Vaccination in Bombay 1869-1873 - 1869-1873
Year: 1869
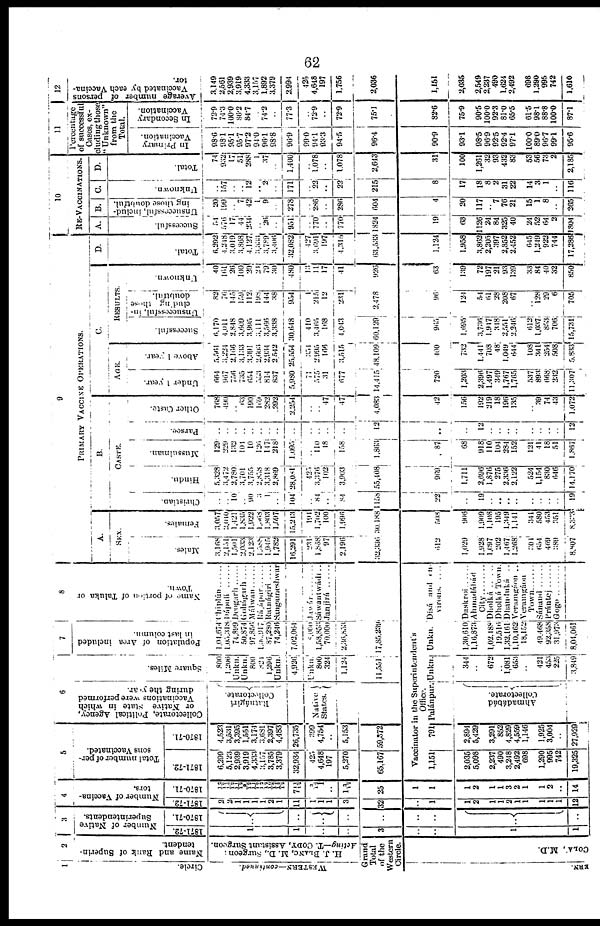
62
1
Circle.
WESTERS—continued.
2
Name and Rank of Superin-
tendent.
H. J. BLANC, M. D., Surgeon;
Acting—T. CODY, Assistant Surgeon.
Grand
Total
of the
Western
Circle.
ERN.
COLA,
M.D.
3
Number of Native
Superintendents.
1871-72.
1
1
..
..
3
..
..
1
1
1870-71.
..
..
..
..
..
..
..
..
..
4
Number of Vaccina-
tors.
1871-72.
2
2
1
1
1
1
2
1
11
1
1
1
3
32
..
1
1
2
1
1
2
1
1
1
1
1
12
1870-71.
12/17
15/12
11/12
9/12
11/12 12/12
10/12
15/12
7 11/12
9/12
1
..
1 9/12
25
1
1
1
2
1
1
3
2
1
1
2
..
14
5
Total number of per-
sons Vaccinated.
1871-72.
6,299
5,123
2,939
3,919
4,333
3,157
3,785
3,379
32,934
425
4,648
197
5,270
65,167
1870-71.
4,523
3,531
3,395
1,551
3,171
3,631
2,397
4,483
20,735
399
4,754
..
5,153
59,372
6
Collectorate, Political Agency,
or Native state in which
Vaccinations were performed
during the year.
Ratnágirí
Collectorate.
Native
States.
Square Miles.
800
1,206
Unkn.
Unkn.
800
821
1,296
Unkn.
4,926
Unkn.
800
324
1,124
11,551
7
Population of Area included
in last column.
1,04,674
1, 05,318
74,899
50,874
97,856
1,96,917
37,280
74,246
7,02,064
8,060
1,58,853
70,000
2,36,853
17,85,239
8
Name of portion of Taluka or
Town.
Chún
Dápulí
Deogarh
Gohágarh
....
Málwan
......
Rájápur
......
Ratnágiri
....
Sangameshwar
Jawár
........
Sáwantwádi ..
Janjirá
Vaccinator in the Superintendent's
Office.
1,151
2,035
5,098
2,237
490
3,248
2,492
698
1,290
995
742
10,325
791
2,894
5,429
3,291
852
4,829
4,559
1,146
1,025
3,004
..
27,929
Palánpur.
Ahmadábád
Collectorate.
Unkn.
341
..
672
.. 1,081
653
..
421
453
225
3,849
Unkn.
1,30,610
l,l6,873
1,02,188
19,516
1,32,161
1,10,462
18,152
49,468
92,358
31,973
8,01,061
Disá and en¬
virons
......
Duskroi
......
Ahmadábád
City
Dholká
Dholká Town.
Dhanduká ..
Veramgáon ..
Veramgáon
Town
.......
Sámand
......
Prántej
......
Gogo
........
9
PRIMARY VACCINE
OPERATIONS.
A.
SEX.
Males.
3,168
2,151
1,501
2,033
2,123
1, 588
l,945
1,782
16,291
231
1,868
97
2,196
32,336
612
1,029
1,928
1,697
202
1,467
1,268
304
654
469
389
8,807
Females.
3,057
2,010
1,121
1,835
1,922
1,568
1,803
1, 597
15,213
191
1,702
100
1,996
30,138
508
906
1,909
1,108
195
1,349
1,141
341
580
453
351
8,333
B.
CASTE.
Christian.
..
.. 10
.. 90
3 1
..
104
..
84
..
84
1158
22
..
19
..
..
..
..
..
..
..
..
19
Hindu.
5, 228
3,472
2,780
3,701
3,755
2,858
3,318
2,869
28,081
425
3,376
102
3,903
55,408
969
1,711
2,696
1,876
275
2,336
2,122
524
1,154
830
646
14,170
Mussulman.
129
229
132
104
10
126
147
218
1,095
..
110
18
158
1,863
87
68
918
110
104
284
152
121
41
18
51
1,867
Parsee.
..
.. ..
..
..
..
..
..
..
..
..
..
..
12
..
..
12
..
..
..
..
..
..
..
..
12
Other Caste.
768
490
.. 63
190
169
282
292
2,254
..
.. 47
47
4,083
42
156
192
219
18
196
135
..
39
74
43
1,072
C.
AGE.
Under 1 year.
664
967
756
735
654
553
814
837
5,980
71
575
31
677
14,415
720
1,203
2,396
1,497
349
1,767
1,765
537
893
668
232
11,307
Above 1 year.
5,561
3,224
2,166
3,133
3,391
2,603
2,934
2,512
25,554
354
2,995
166
3,515
48,109
400
732
1,441
708
48
1,049
644
108
341
254
508
5,833
RESULTS.
Successful.
6,170
4,011
2,848
3,609
3,995
3,111
3,566
3,338
30,648
410
3,465
168
4,043
60,129
965
1,695
3,736
1,917
318
2,551
2,246
612
1,037
853
706
15,731
Unsuccessful, in¬
cluding those
doubtful.
82
76
145
159
112
198
144
38
954
1
215
12
231
2,478
96
124
54
61
28
208
67
..
128
29
6
705
Unknown.
40
161
26
100
20
21
79
30
480
13
11
17
41
926
63
139
72
197
21
93
139
33
84
40
32
850
D.
Total.
6,292
4,218
3,019
3,868
4,127
3,333
3,789
3,406
32,082
427
3,691
197
1,315
63,533
1,124
1,958
3,862
2,205
307
2,852
2,452
645
1,249
922
744
17,286
10
RE-VACCINATIONS.
A.
Successful.
54
576
17
44
234
.. 26
..
951
..
770
..
770
1824
19
63
1126
24
84
325
40
24
52
64
2
1804
B.
Unsuccessful, includ-
ing those doubtful.
20
199
.. 7
42
1
9
..
278
..
286
..
286
604
4
20
117
..
7
76
21
15
1
8
..
265
C.
Unknown.
..
157
..
12
.. 2
..
171
..
22
..
22
215
8
17
18
8
2
31
22
14
3
1
..
116
D.
Total.
74
932
17
51
288
1
37
..
1,400
..
1,078
..
1,078
2,043
31
100
1,261
32
93
432
83
53
56
73
2
2,185
11
Percentage
of successful
Cases, ex¬
cluding those
" Unknown"
from the
Total.
In Primary
Vaccination.
98.6
98.1
95.1
95.7
97,2
94.0
96.1
98.8
96.9
99.0
94.1
93.3
94.5
96.4
90.9
93.1
98.5
96.9
92.5
92.4
97.1
100.0
89.0
96.7
99.1
95.0
In Secondary
Vaccination.
72.9
74.3
100.0
86.2
84,7
.. 74.2
..
77.3
..
72.9
..
72.9
75.1
82.6
75.9
90.5
100.0
92.3
81.0
65.5
61.5
98.1
88.8
100.0
87.1
12
Average number of persons
Vaccinated by each Vaccina-
tor.
3,149
2,561
2,939
3.019
4,333
3,157
1,892
3,379
2,904
425
4,648
197
1,756
2,036
1,151
2,035
2,549
2,237
490
1,624
2,492
698
1,290
995
742
1,610